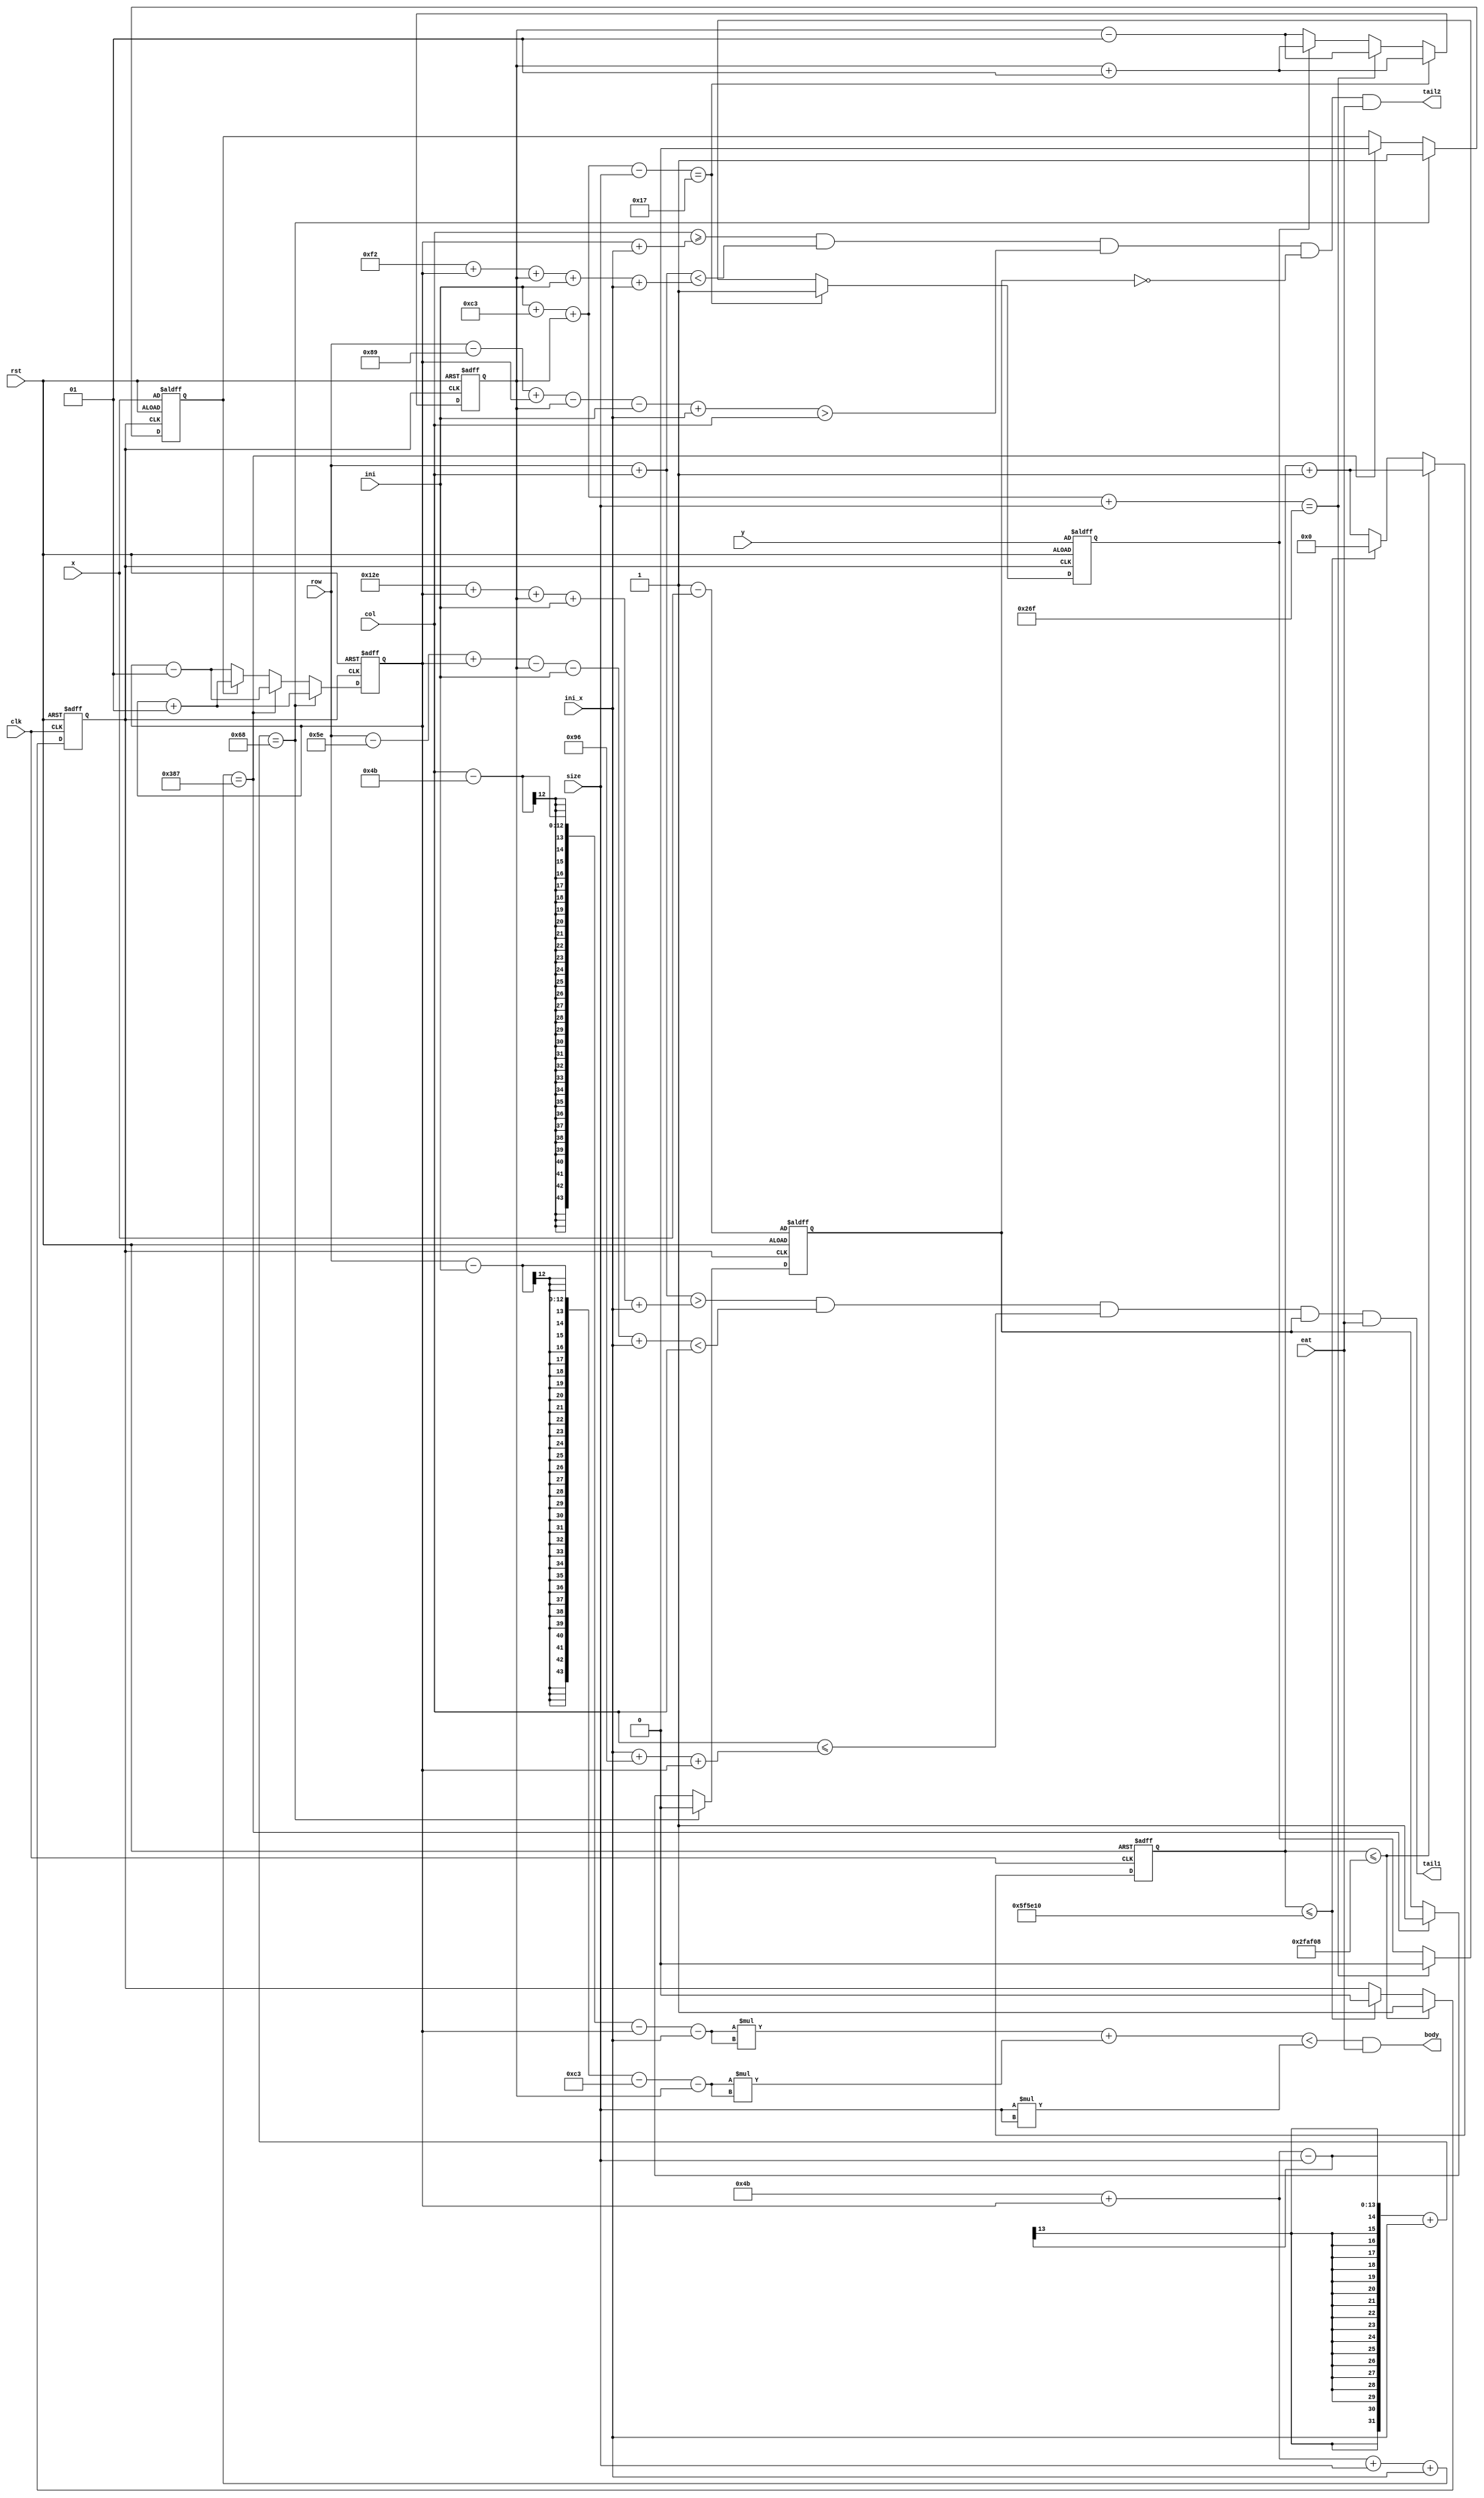
module fish_fake(body,tail1,tail2,clk ,rst,row,col,size,ini,eat,x,y,ini_x);
input x,y;
input signed[10:0]ini,ini_x;

input signed[11:0] size;
input signed[11:0] row;
input signed[11:0]col;
input rst;
input clk;
input eat;

reg flag;
output body;
output tail1;
output tail2;


reg clk_new;
reg [22:0]count;
reg temp_x,temp_y;
reg signed[11:0] left,up;




assign body =(col-75-left-ini_x)*(col-75-left-ini_x)+(row-ini-195-up)*(row-ini-195-up)<{0,(size)*(size)}&(eat);
assign tail1= ((row + col > 302+left+up+ini+ini_x) & (row -94+left-up-ini+ini_x< col) & (col<= ini_x+150+left) &(flag==1)&(eat));
assign tail2= ((col>=left+ini_x )&(row + col < 242+left+up+ini+ini_x )& (row -137+left-up-ini+ini_x> col) &(flag==0)&(eat));






always @(posedge clk or posedge rst)
begin
if(rst)begin
count<=0;
clk_new<=0;
end
else if(count<=3125000)begin
count<=count+1;
clk_new<=1;
end
else if(count<=6250000)begin
count<=0;
clk_new<=0;
end
else
begin
count<=count+1;
clk_new<=clk_new;
end
end


always @(posedge clk_new or posedge rst)begin
if(rst)begin
up<=0;
temp_y<=y;
end
else if(ini+195+up-size==23)begin
temp_y<=1;
up<=up+1;
end
else if(ini+195+up+size==623)begin
temp_y<=0;
up<=up-1;
end
else if(temp_y==1)begin
up<=up+1;
temp_y<=temp_y;
end
else if(temp_y==0)begin
up<=up-1;
temp_y<=temp_y;
end
else
begin
up<=up;
temp_y<=temp_y;
end
end






always @(posedge clk_new or posedge rst)begin
if(rst)begin
left<=0;
temp_x<=x;
flag<=1-x;
end
else if(75+left-size+ini_x==104)begin
temp_x<=1;
left<=left+1;
flag<=0;
end
else if(75+left+size+ini_x==903)begin
temp_x<=0;
left<=left-1;
flag<=1;
end
else if(temp_x==1)begin
temp_x<=temp_x;
left<=left+1;
flag<=flag;
end
else if(temp_x==0)begin
temp_x<=temp_x;
left<=left-1;
flag<=flag;
end
else
begin
left<=left;
temp_x<=temp_x;
flag<=flag;
end
end





endmodule